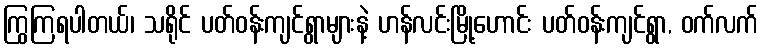
ကြွကြရပါတယ်၊ သရိုင် ပတ်ဝန်းကျင်ရွာများနဲ့ ဟန်လင်းမြို့ဟောင်း ပတ်ဝန်းကျင်ရွာ, ဝက်လက်